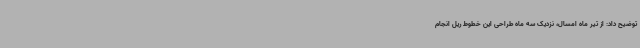
توضیح داد: از تیر ماه امسال، نزدیک سه ماه طراحی این خطوط ریل انجام